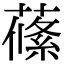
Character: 𦺰